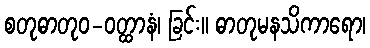
စတုဓာတုဝ-ဝတ္ထာနံ၊ ခြင်း။ ဓာတုမနသိကာရော၊